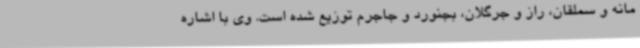
مانه و سملقان، راز و جرگلان، بجنورد و جاجرم توزیع شده است. وی با اشاره